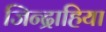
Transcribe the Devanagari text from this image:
जिन्द्राहिया